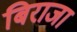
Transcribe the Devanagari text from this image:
बिराजा